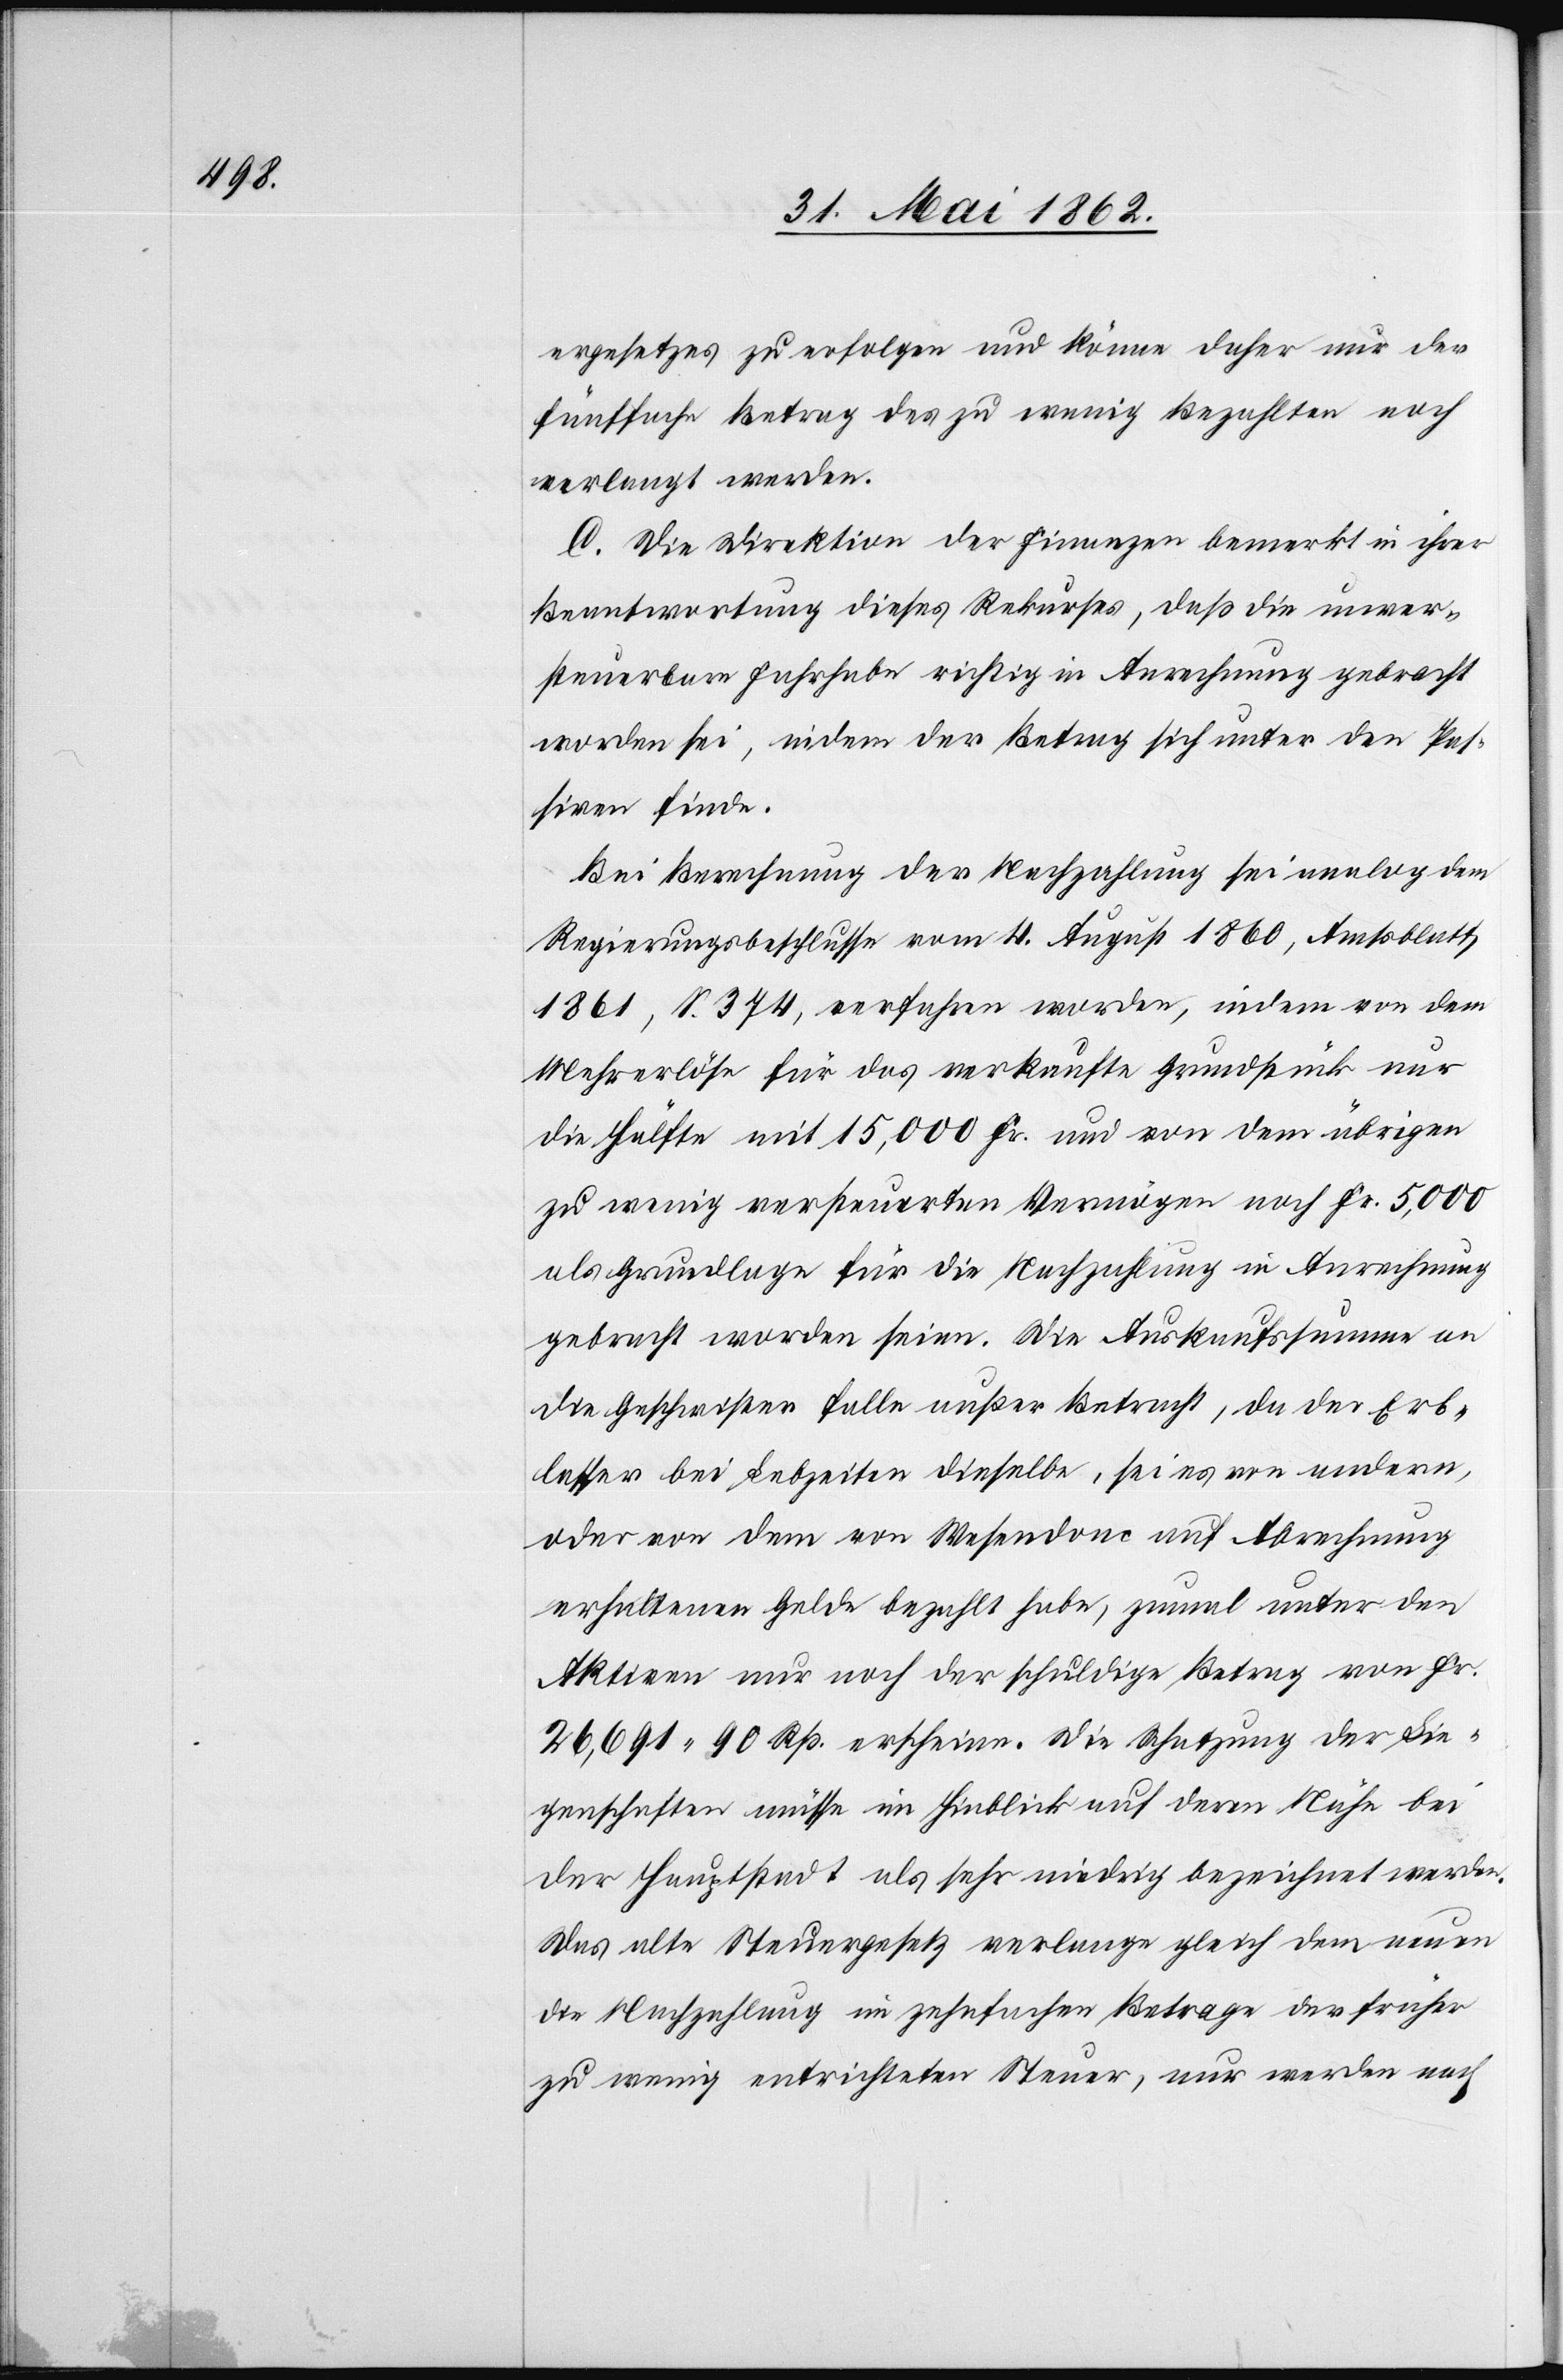
ergesetzes zu erfolgen und könne daher nur der
fünffache Betrag des zu wenig Bezahlten noch
verlangt werden.
C. Die Direktion der Finanzen bemerkt in ihrer
Beantwortung dieses Rekurses, daß die unver¬
steuerbare Fahrhabe richtig in Anrechnung gebracht
worden sei, indem der Betrag sich unter den Pas¬
siven finde.
Bei Berechnung der Nachzahlung sei analog dem
Regierungsbeschlusse vom 4. August 1860, Amtsblatt
1861, S. 374, verfahren worden, indem von dem
Mehrerlöse für das verkaufte Grundstück nur
die Hälfte mit 15,000 Fr. und von dem übrigen
zu wenig versteurten Vermögen noch Fr. 5,000
als Grundlage für die Nachzahlung in Anrechnung
gebracht worden seien. Die Auskaufskumme an
die Geschwister falle außer Betracht, da der Erb¬
lasser bei Lebzeiten dieselbe, sei es von andern,
oder von dem von Wesendonc auf Abrechnung
erhaltenen Gelde bezahlt habe, zumal unter den
Aktiven nur noch der schuldige Betrag von Fr.
26,691 90 Rp. erscheine. Die Schatzung der Lie¬
genschaften müsse im Hinblick auf deren Mühe bei
der Hauptstadt als sehr niedrig bezeichnet werden.
Das alte Steuergesetz verlange gleich dem neuen
die Nachzahlung im zehnfachen Betrage des früher
zu wenig entrichteten Steuer, nur werden nach